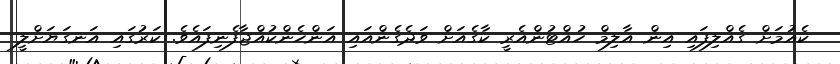
ކެއުމަށް ގެއްލިފައި އިން އާލިމް ހުއްޓުންއެރީ ކާގެއަށް ވަދެގެންއައި އަންހެންކުއްޖާފެނިފައެވެ. ކަރުގައި އަނގަޔަށްލީ